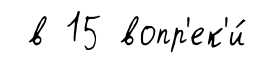
в 15 вопр'ек'и́